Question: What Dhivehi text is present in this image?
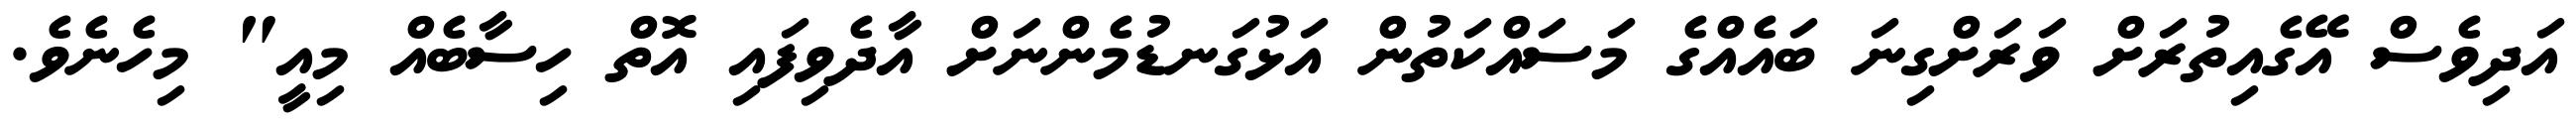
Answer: އަދިވެސް އޭގެއިތުރަށް ވަރަށްގިނަ ބައެއްގެ މަސައްކަތުން އަޅުގަނޑުމެންނަށް އާދެވިފައި އޮތް ހިސާބެއް މިއީ" މިހެނެވެ.